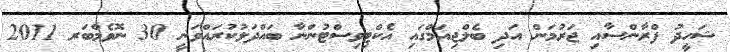
ޝަހީދު ފްރާންސާއި ޖަރުމަން އަދި ބެލްޖިއަމްގައި އެކްޓިވިސްޓުންނާ ބައްދަލުކުރައްވަނީ 30 ނޮވެމްބަރ 2011